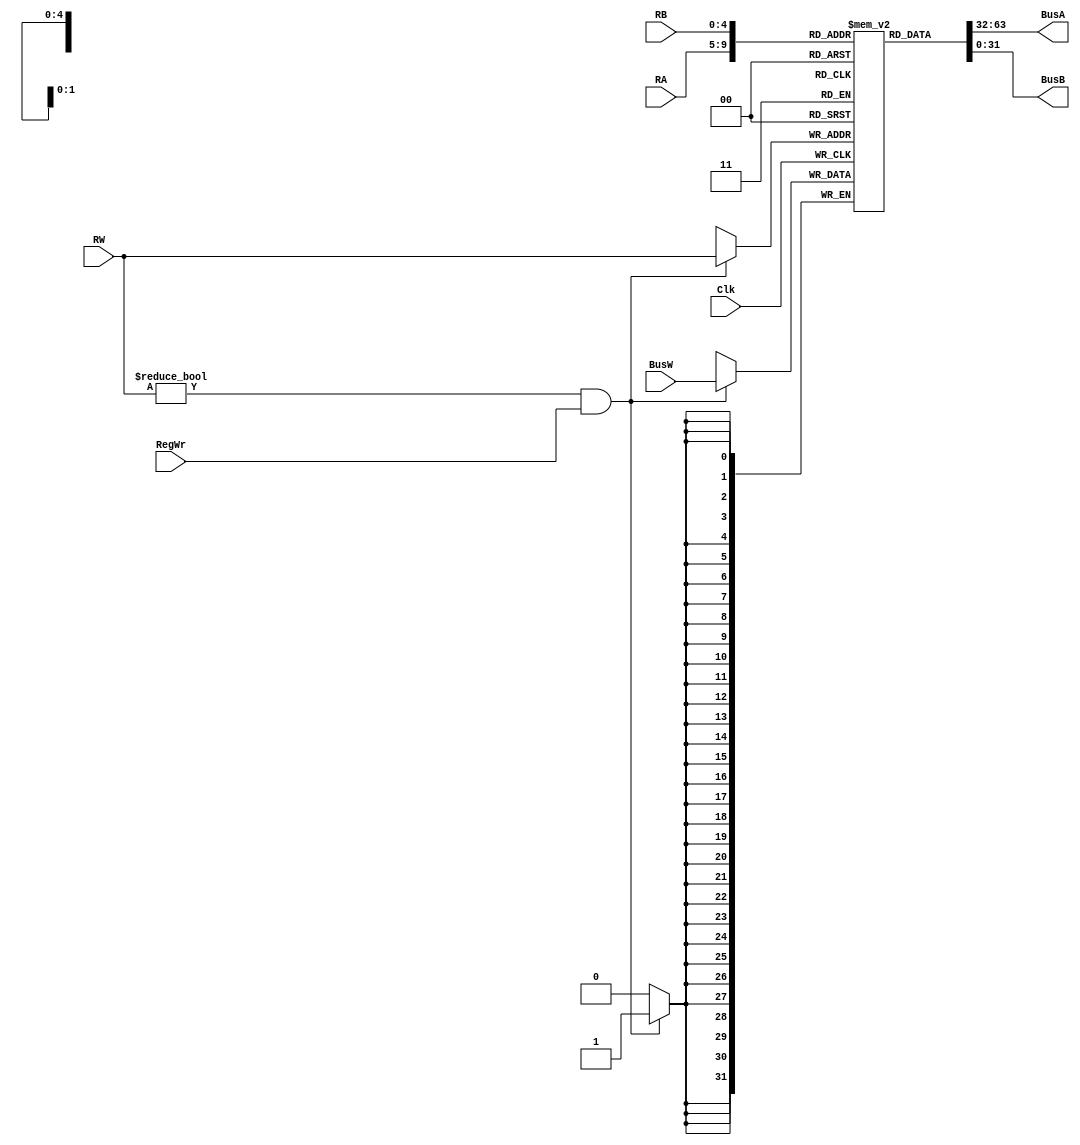
`timescale 1ns / 1ps

module RegisterFile( input [4:0] RA, input [4:0] RB, input [4:0] RW, input [31:0] BusW, input RegWr, input Clk, output reg [31:0] BusA, output reg [31:0] BusB );

// RA - Bus A Address
// RB - Bus B Address
// RW - Write Port Address
// BusW - Write Port Data Input
// RegWr - Write enable signal
// Clk - Clock signal
// BusA - Bus A output data register
// BusB - Bus B output data register

reg [31:0] register_file [31:0]; // 32 elements x 32 bit wide element

// 0th register is wired to value 0
initial begin
    register_file[0] = 32'b0;
end

always @(negedge Clk) begin
    // If Write Port address is not zero and Write enable signal is high
    if ( (RW != 5'b0) && (RegWr == 1'b1) ) begin
        // Write data into  register
        register_file[RW] <= BusW;
    end
end

// Read values from registers
always @* begin
    BusA <= register_file[RA];
    BusB <= register_file[RB];
end

endmodule